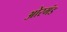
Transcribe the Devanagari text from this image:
ओरमंड